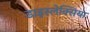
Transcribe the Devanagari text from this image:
डाइस्लेक्सिया